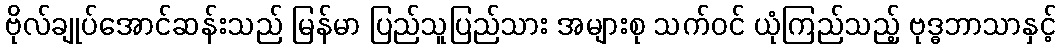
ဗိုလ်ချုပ်အောင်ဆန်းသည် မြန်မာ ပြည်သူပြည်သား အများစု သက်ဝင် ယုံကြည်သည့် ဗုဒ္ဓဘာသာနှင့်